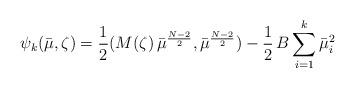
LaTeX: \begin{align*}\psi_k(\bar\mu,\zeta) = \frac{1}{2} ( M(\zeta) \,\bar\mu^{\frac{N-2}{2}} , \bar\mu^{\frac{N-2}{2}} ) - \frac{1}{2}\,B\sum_{i=1}^k\bar\mu_i^2\end{align*}